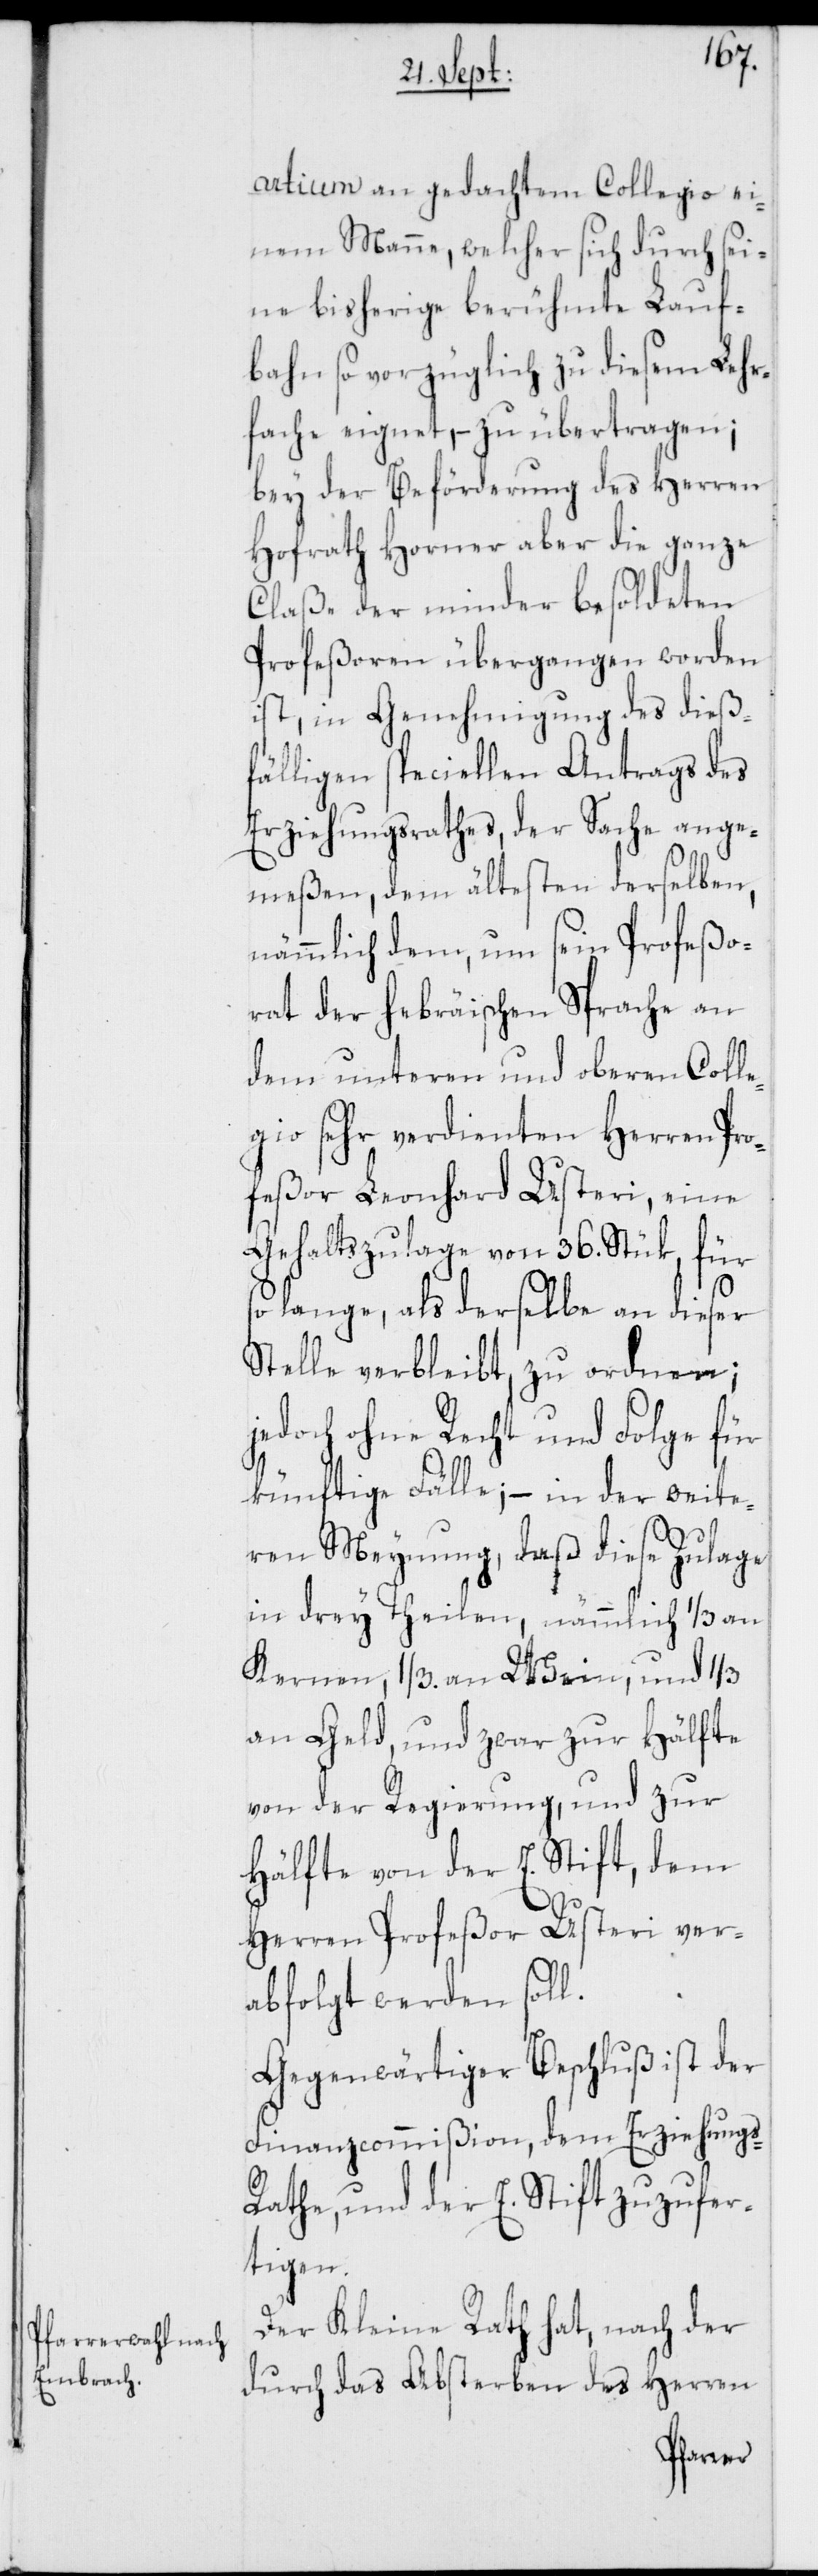
artium an gedachtem Collegio ei¬
nem Manne, welcher sich durch sei¬
ne bisherige berühmte Lauf¬
bahn so vorzüglich zu diesem Lehr¬
fache eignet, – zu übertragen;
bey der Beförderung des Herren
Hofrath Horner aber die ganze
Claße der minder besoldeten
Profeßoren übergangen worden
ist, in Genehmigung des dieß¬
fälligen speciellen Antrags des
Erziehungsrathes, der Sache ange¬
meßen, dem ältesten derselben,
nämmlich dem, um sein Profeßo¬
rat der hebräischen Sprache an
dem unteren und oberen Coll¬
egio sehr verdienten Herren Pro¬
feßor Leonhard Usteri, eine
Gehaltszulage von 36. Stük, für
lange, als derselbe an dieser
Stelle verbleibt, zu ordnen;
jedoch ohne Recht und Folge für
künftige Fälle; – in der weite¬
ren Meynung, daß diese Zulage
in drey Theilen, nämmlich 1/3 an
Kernen, 1/3. an Wein und 1/3
an Geld, und zwar zur Hälfte
von der Regierung, und zur
Hälfte von der E. Stift, dem
Herren Profeßor Usteri ver¬
abfolgt werden soll.
Gegenwärtiger Beschluß ist der
Finanzcommißion, dem Erziehungs-R¬
athe, und der E. Stift zuzufer¬
tigen.
Der Kleine Rath hat, nach der
durch das Absterben des Herren